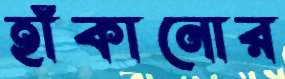
হাঁকানোর